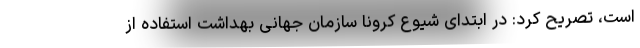
است، تصریح کرد: در ابتدای شیوع کرونا سازمان جهانی بهداشت استفاده از